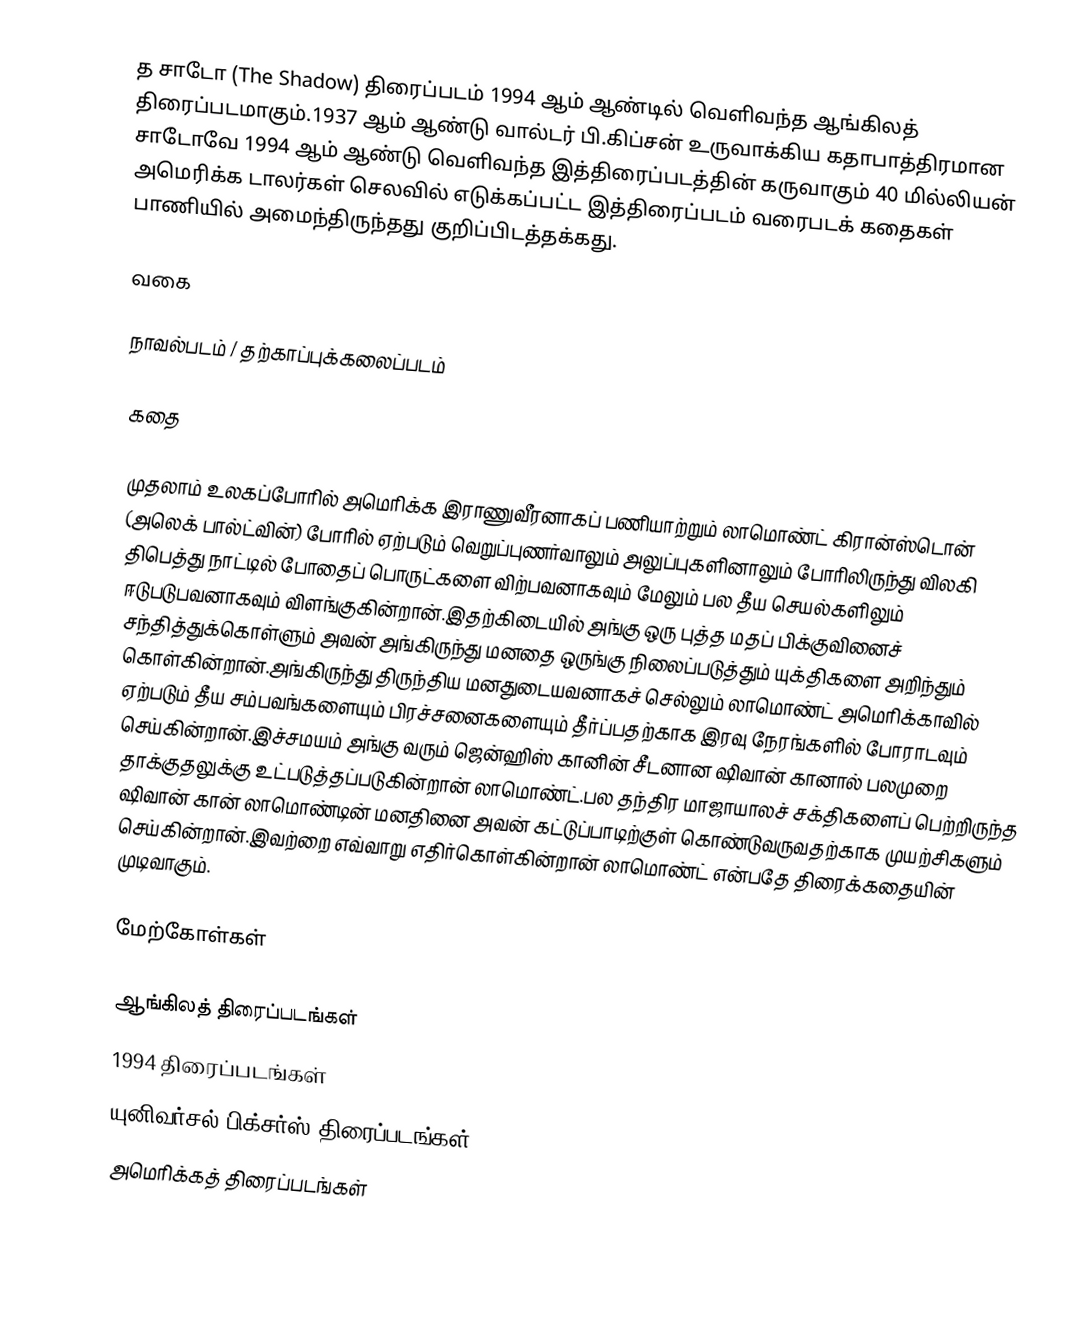
த சாடோ (The Shadow) திரைப்படம் 1994 ஆம் ஆண்டில் வெளிவந்த ஆங்கிலத் திரைப்படமாகும்.1937 ஆம் ஆண்டு வால்டர் பி.கிப்சன் உருவாக்கிய கதாபாத்திரமான சாடோவே 1994 ஆம் ஆண்டு வெளிவந்த இத்திரைப்படத்தின் கருவாகும் 40 மில்லியன் அமெரிக்க டாலர்கள் செலவில் எடுக்கப்பட்ட இத்திரைப்படம் வரைபடக் கதைகள் பாணியில் அமைந்திருந்தது குறிப்பிடத்தக்கது.

வகை

நாவல்படம் / தற்காப்புக்கலைப்படம்

கதை

முதலாம் உலகப்போரில் அமெரிக்க இராணுவீரனாகப் பணியாற்றும் லாமொண்ட் கிரான்ஸ்டொன் (அலெக் பால்ட்வின்) போரில் ஏற்படும் வெறுப்புணர்வாலும் அலுப்புகளினாலும் போரிலிருந்து விலகி திபெத்து நாட்டில் போதைப் பொருட்களை விற்பவனாகவும் மேலும் பல தீய செயல்களிலும் ஈடுபடுபவனாகவும் விளங்குகின்றான்.இதற்கிடையில் அங்கு ஒரு புத்த மதப் பிக்குவினைச் சந்தித்துக்கொள்ளும் அவன் அங்கிருந்து மனதை ஒருங்கு நிலைப்படுத்தும் யுக்திகளை அறிந்தும் கொள்கின்றான்.அங்கிருந்து திருந்திய மனதுடையவனாகச் செல்லும் லாமொண்ட் அமெரிக்காவில் ஏற்படும் தீய சம்பவங்களையும் பிரச்சனைகளையும் தீர்ப்பதற்காக இரவு நேரங்களில் போராடவும் செய்கின்றான்.இச்சமயம் அங்கு வரும் ஜென்ஹிஸ் கானின் சீடனான ஷிவான் கானால் பலமுறை தாக்குதலுக்கு உட்படுத்தப்படுகின்றான் லாமொண்ட்.பல தந்திர மாஜாயாலச் சக்திகளைப் பெற்றிருந்த ஷிவான் கான் லாமொண்டின் மனதினை அவன் கட்டுப்பாடிற்குள் கொண்டுவருவதற்காக முயற்சிகளும் செய்கின்றான்.இவற்றை எவ்வாறு எதிர்கொள்கின்றான் லாமொண்ட் என்பதே திரைக்கதையின் முடிவாகும்.

மேற்கோள்கள்

ஆங்கிலத் திரைப்படங்கள்
1994 திரைப்படங்கள்
யுனிவர்சல் பிக்சர்ஸ் திரைப்படங்கள்
அமெரிக்கத் திரைப்படங்கள்